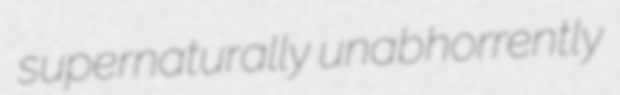
supernaturally unabhorrently